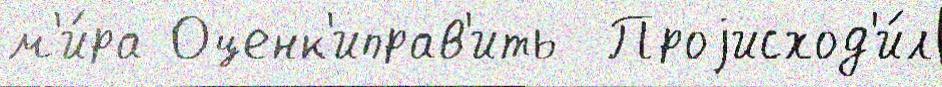
м'и́ра Оценк'иправ'ить  Проjисход'и́л